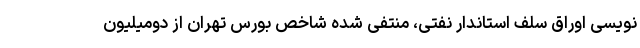
نویسی اوراق سلف استاندار نفتی، منتفی شده شاخص بورس تهران از دومیلیون